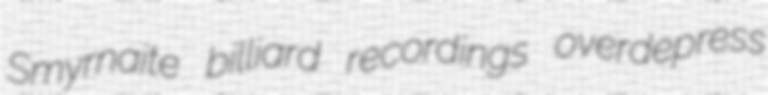
Smyrnaite billiard recordings overdepress